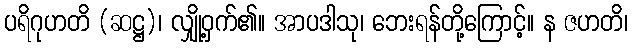
ပရိဂုဟတိ (ဆဋ္ဌ)၊ လျှို့ဝှက်၏။ အာပဒါသု၊ ဘေးရန်တို့ကြောင့်။ န ဇဟတိ၊